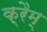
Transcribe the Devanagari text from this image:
क्रैम्